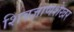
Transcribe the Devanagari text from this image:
शिवज्ञाणशेखर